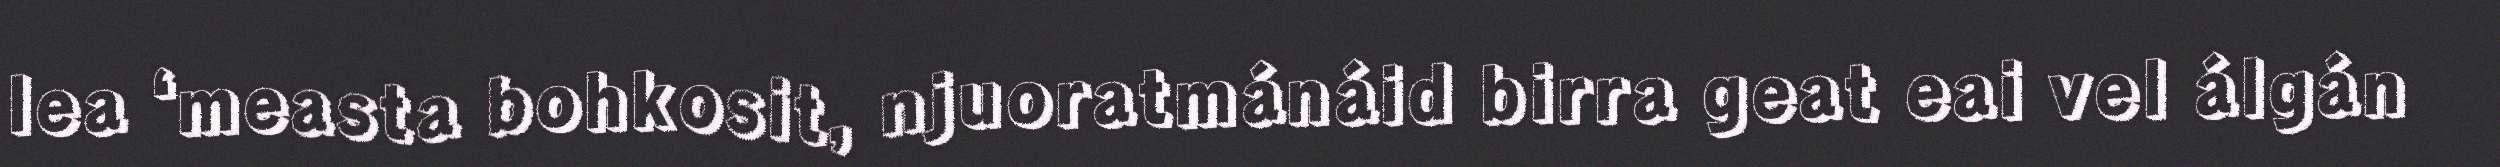
lea ‘measta bohkosit, njuoratmánáid birra geat eai vel álgán